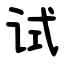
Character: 试